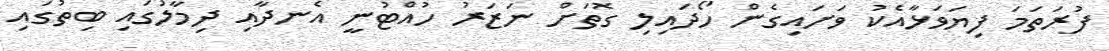
ފުރަތަމަ ފިޔަވަޅާއެކު ވަށައިގެން ހޯދައިލި ގޮތަށް ނަޒަރު ހުއްޓުނީ އެނދާއި ދިމާލުގައި ބިތުގައި